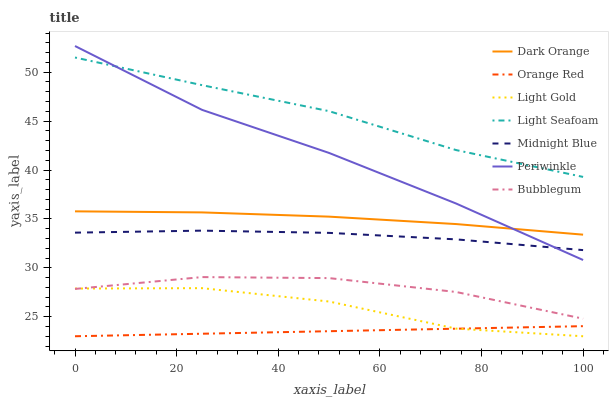
| xaxis_label | Dark Orange | Orange Red | Light Gold | Light Seafoam | Midnight Blue | Periwinkle | Bubblegum |
 | --- | --- | --- | --- | --- | --- | --- | --- |
 | 0 | 35.8 | 23 | 27.9 | 51.5 | 33.6 | 52.7 | 27.8 |
 | 25 | 35.7 | 23.3 | 27.9 | 48.7 | 33.8 | 46.2 | 29 |
 | 50 | 35.2 | 23.5 | 26.6 | 46 | 33.6 | 41.7 | 28.9 |
 | 75 | 34.5 | 23.8 | 23.8 | 42 | 32.9 | 36.6 | 27.5 |
 | 100 | 33.4 | 24 | 23 | 39.3 | 31.8 | 30.8 | 24.8 |